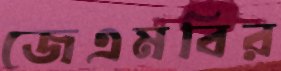
জেএমবির